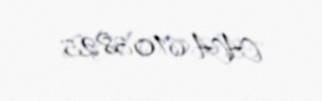
AA 6103825